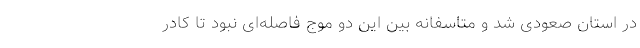
در استان صعودی شد و متاسفانه بین این دو موج فاصله‌ای نبود تا کادر